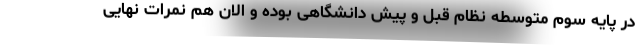
در پایه سوم متوسطه نظام قبل و پیش دانشگاهی بوده و الان هم نمرات نهایی